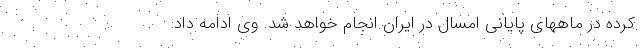
کرده در ماههای پایانی امسال در ایران انجام خواهد شد. وی ادامه داد: